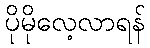
ပိုမိုလေ့လာရန်